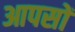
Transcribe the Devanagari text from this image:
आपसों